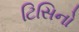
ટિસિનો